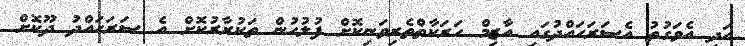
އަދި އެވަގުތު އެސަރަހައްދުގައި އާޒިމް ހަރަކާތްތެރިވަނިކޮށް ފުލުހުން ތަކުރާރުކޮށް އެ ސަރަހައްދު ދޫކޮށް